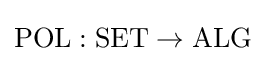
\mathrm {POL} :\mathrm {SET} \to \mathrm {ALG}